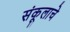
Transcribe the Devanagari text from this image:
संकूलाचे